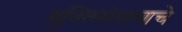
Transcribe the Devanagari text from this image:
मुक्तिसंग्रामाचे